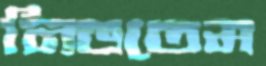
নিভতেম